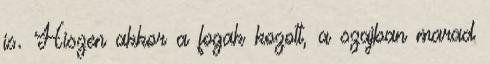
is. Hiszen akkor a fogak kozott, a szajban marad